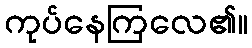
ကုပ်နေကြလေ၏။